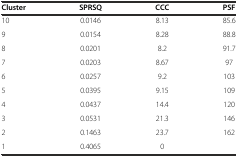
<table><thead><tr><td><b>Cluster</b></td><td><b>SPRSQ</b></td><td><b>CCC</b></td><td><b>PSF</b></td></tr></thead><tbody><tr><td>10</td><td>0.0146</td><td>8.13</td><td>85.6</td></tr><tr><td>9</td><td>0.0154</td><td>8.28</td><td>88.8</td></tr><tr><td>8</td><td>0.0201</td><td>8.2</td><td>91.7</td></tr><tr><td>7</td><td>0.0203</td><td>8.67</td><td>97</td></tr><tr><td>6</td><td>0.0257</td><td>9.2</td><td>103</td></tr><tr><td>5</td><td>0.0395</td><td>9.15</td><td>109</td></tr><tr><td>4</td><td>0.0437</td><td>14.4</td><td>120</td></tr><tr><td>3</td><td>0.0531</td><td>21.3</td><td>146</td></tr><tr><td>2</td><td>0.1463</td><td>23.7</td><td>162</td></tr><tr><td>1</td><td>0.4065</td><td>0</td><td></td></tr></tbody></table>